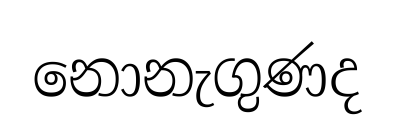
නොනැගුණද